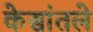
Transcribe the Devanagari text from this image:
केसांतले